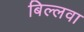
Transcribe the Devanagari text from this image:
बिल्लवा